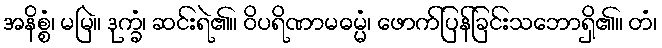
အနိစ္စံ၊ မမြဲ။ ဒုက္ခံ၊ ဆင်းရဲ၏။ ဝိပရိဏာမဓမ္မံ၊ ဖောက်ပြန်ခြင်းသဘောရှိ၏။ တံ၊